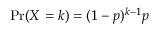
\operatorname* { P r } ( X = k ) = ( 1 - p ) ^ { k - 1 } p